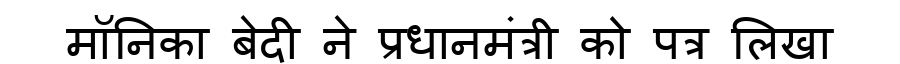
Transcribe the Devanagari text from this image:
मॉनिका बेदी ने प्रधानमंत्री को पत्र लिखा